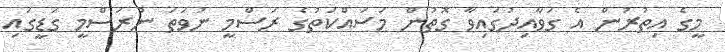
މީގެ އިތުުރުން އެ ގަވާއިދުގައިވާ ގޮތުން މަސައްކަތުގެ ރަސްމީ ނުވަތަ ނުރަސްމީ ގަޑީގައި